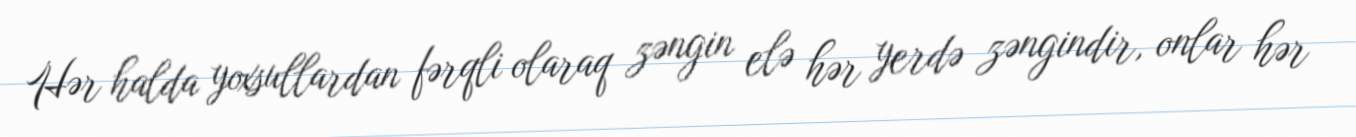
Hər halda yoxsullardan fərqli olaraq zəngin elə hər yerdə zəngindir, onlar hər